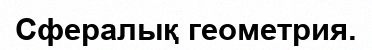
Сфералық геометрия.